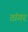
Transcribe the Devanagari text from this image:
ठांगर